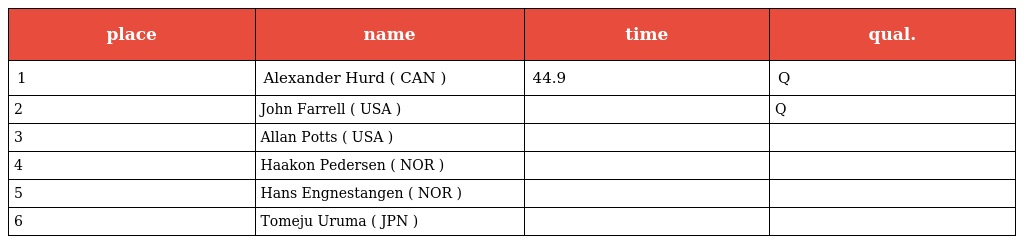
| place | name | time | qual. |
 | --- | --- | --- | --- |
 | 1 | Alexander Hurd ( CAN ) | 44.9 | Q |
 | 2 | John Farrell ( USA ) |  | Q |
 | 3 | Allan Potts ( USA ) |  |  |
 | 4 | Haakon Pedersen ( NOR ) |  |  |
 | 5 | Hans Engnestangen ( NOR ) |  |  |
 | 6 | Tomeju Uruma ( JPN ) |  |  |